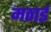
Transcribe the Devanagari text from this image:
मठाई